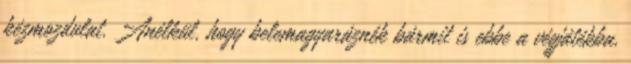
kézmozdulat. Anélkül, hogy belemagyaráznék bármit is ebbe a végjátékba,